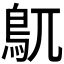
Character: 𮬦